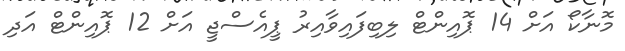
މޮނާކޯ އަށް 14 ޕޮއިންޓް ލިބިފައިވާއިރު ޕީއެސްޖީ އަށް 12 ޕޮއިންޓް އަދި